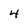
Character: 4